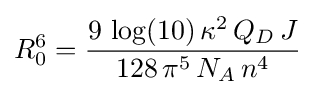
R_{0}^{6}={\frac {9\,\log(10)\,\kappa ^{2}\,Q_{D}\,J}{128\,\pi ^{5}\,N_{A}\,n^{4}}}